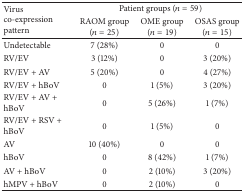
| <ROWSPAN=2> Virus co-expression pattern | <COLSPAN=3> Patient groups (n = 59) |
 | RAOM group (n = 25) | OME group (n = 19) | OSAS group (n = 15) |
 | --- | --- | --- | --- |
 | Undetectable | 7 (28%) | 0 | 0 |
 | RV/EV | 3 (12%) | 0 | 3 (20%) |
 | RV/EV + AV | 5 (20%) | 0 | 4 (27%) |
 | RV/EV + hBoV | 0 | 1 (5%) | 3 (20%) |
 | RV/EV + AV + hBoV | 0 | 5 (26%) | 1 (7%) |
 | RV/EV + RSV + hBoV | 0 | 1 (5%) | 0 |
 | AV | 10 (40%) | 0 | 0 |
 | hBoV | 0 | 8 (42%) | 1 (7%) |
 | AV + hBoV | 0 | 2 (10%) | 3 (20%) |
 | hMPV + hBoV | 0 | 2 (10%) | 0 |